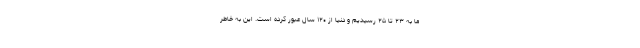
ما به ۲۳ تا ۲۵ رسیدیم و دنیا از ۱۲۰ سال عبور کرده است. این به خاطر